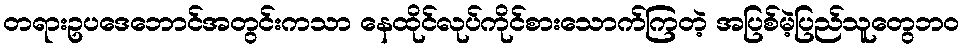
တရားဥပဒေဘောင်အတွင်းကသာ နေထိုင်လုပ်ကိုင်စားသောက်ကြတဲ့ အပြစ်မဲ့ပြည်သူတွေဘဝ